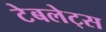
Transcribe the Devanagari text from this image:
टेबलेट्स